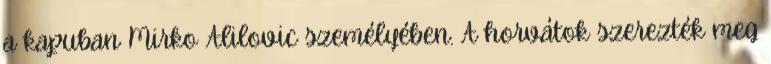
a kapuban Mirko Alilovic személyében. A horvátok szerezték meg